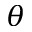
\theta